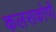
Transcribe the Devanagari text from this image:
कलसकोपी